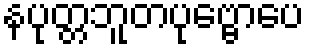
နပုတ္တဘူတပုဗ္ဗောပေ